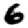
Digit: 6